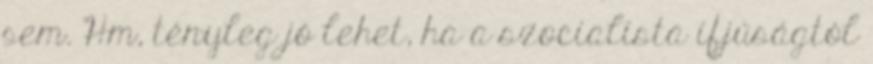
sem. Hm, tényleg jó lehet, ha a szocialista ifjúságtól